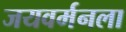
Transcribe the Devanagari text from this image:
जयवर्मनला